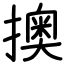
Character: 擙